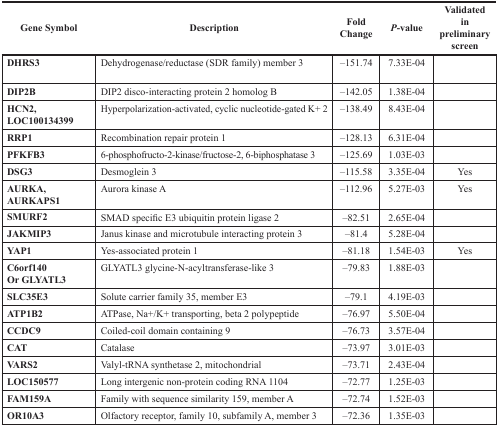
<table><thead><tr><td><b>Gene Symbol</b></td><td><b>Description</b></td><td><b>Fold Change</b></td><td><b><i>P</i>-value</b></td><td><b>Validated in preliminary screen</b></td></tr></thead><tbody><tr><td><b>DHRS3</b></td><td>Dehydrogenase/reductase (SDR family) member 3</td><td>−151.74</td><td>7.33E-04</td><td></td></tr><tr><td><b>DIP2B</b></td><td>DIP2 disco-interacting protein 2 homolog B</td><td>−142.05</td><td>1.38E-04</td><td></td></tr><tr><td><b>HCN2, LOC100134399</b></td><td>Hyperpolarization-activated, cyclic nucleotide-gated K+ 2</td><td>−138.49</td><td>8.43E-04</td><td></td></tr><tr><td><b>RRP1</b></td><td>Recombination repair protein 1</td><td>−128.13</td><td>6.31E-04</td><td></td></tr><tr><td><b>PFKFB3</b></td><td>6-phosphofructo-2-kinase/fructose-2, 6-biphosphatase 3</td><td>−125.69</td><td>1.03E-03</td><td></td></tr><tr><td><b>DSG3</b></td><td>Desmoglein 3</td><td>−115.58</td><td>3.35E-04</td><td>Yes</td></tr><tr><td><b>AURKA, AURKAPS1</b></td><td>Aurora kinase A</td><td>−112.96</td><td>5.27E-03</td><td>Yes</td></tr><tr><td><b>SMURF2</b></td><td>SMAD specific E3 ubiquitin protein ligase 2</td><td>−82.51</td><td>2.65E-04</td><td></td></tr><tr><td><b>JAKMIP3</b></td><td>Janus kinase and microtubule interacting protein 3</td><td>−81.4</td><td>5.28E-04</td><td></td></tr><tr><td><b>YAP1</b></td><td>Yes-associated protein 1</td><td>−81.18</td><td>1.54E-03</td><td>Yes</td></tr><tr><td><b>C6orf140 Or GLYATL3</b></td><td>GLYATL3 glycine-N-acyltransferase-like 3</td><td>−79.83</td><td>1.88E-03</td><td></td></tr><tr><td><b>SLC35E3</b></td><td>Solute carrier family 35, member E3</td><td>−79.1</td><td>4.19E-03</td><td></td></tr><tr><td><b>ATP1B2</b></td><td>ATPase, Na+/K+ transporting, beta 2 polypeptide</td><td>−76.97</td><td>5.50E-04</td><td></td></tr><tr><td><b>CCDC9</b></td><td>Coiled-coil domain containing 9</td><td>−76.73</td><td>3.57E-04</td><td></td></tr><tr><td><b>CAT</b></td><td>Catalase</td><td>−73.97</td><td>3.01E-03</td><td></td></tr><tr><td><b>VARS2</b></td><td>Valyl-tRNA synthetase 2, mitochondrial</td><td>−73.71</td><td>2.43E-04</td><td></td></tr><tr><td><b>LOC150577</b></td><td>Long intergenic non-protein coding RNA 1104</td><td>−72.77</td><td>1.25E-03</td><td></td></tr><tr><td><b>FAM159A</b></td><td>Family with sequence similarity 159, member A</td><td>−72.74</td><td>1.52E-03</td><td></td></tr><tr><td><b>OR10A3</b></td><td>Olfactory receptor, family 10, subfamily A, member 3</td><td>−72.36</td><td>1.35E-03</td><td></td></tr></tbody></table>